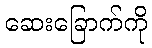
ဆေးခြောက်ကို